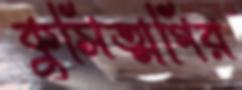
কুসিত্মগির